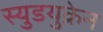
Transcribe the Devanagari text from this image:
स्युडयुक्रेन